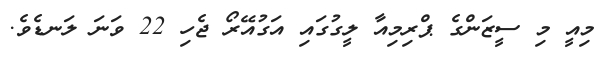
މިއީ މި ސީޒަންގެ ޕްރިމިއާ ލީގުގައި އަގުއޭރޯ ޖެހި 22 ވަނަ ލަނޑެވެ.